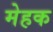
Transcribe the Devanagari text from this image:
मेहक